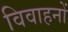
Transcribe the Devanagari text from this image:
विवाहनों